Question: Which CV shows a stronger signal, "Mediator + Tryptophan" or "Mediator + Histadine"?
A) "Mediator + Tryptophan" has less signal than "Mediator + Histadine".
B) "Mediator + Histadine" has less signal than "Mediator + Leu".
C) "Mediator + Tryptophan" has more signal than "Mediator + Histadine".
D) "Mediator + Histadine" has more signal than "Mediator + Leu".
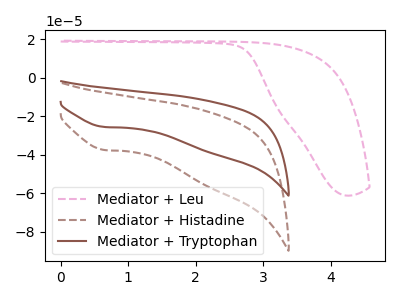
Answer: <think>The pink dashed curve "Mediator + Leu" has no peaks. The brown dashed curve "Mediator + Histadine" has a cathodic peak at: (0.65V, -37.50uA). The brown curve "Mediator + Tryptophan" has a cathodic peak at: (0.65V, -25.55uA).
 All the peaks in "Mediator + Tryptophan" have a peak in "Mediator + Histadine" at the same potential. Every peak in "Mediator + Tryptophan" is lower than every peak in "Mediator + Histadine".</think>
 <answer>A) "Mediator + Tryptophan" has less signal than "Mediator + Histadine".</answer>
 <eval>A</eval>